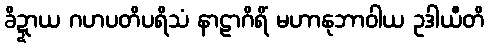
ခိဍ္ဍာယ ဂဟပတိပရိသံ နာဠာဂိရိံ မဟာနုဘာဝါယ ဥဒါယီတိ